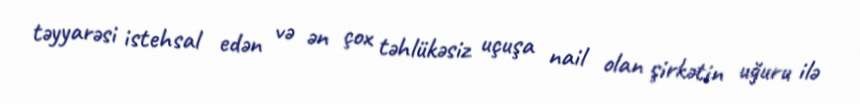
təyyarəsi istehsal edən və ən çox təhlükəsiz uçuşa nail olan şirkətin uğuru ilə